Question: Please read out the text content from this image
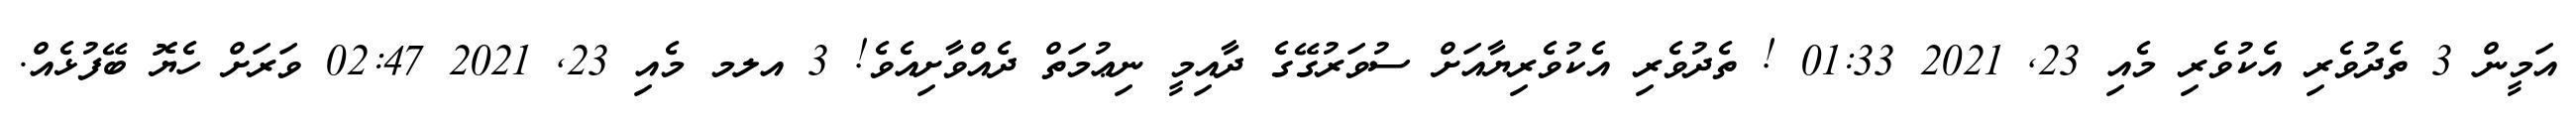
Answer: އަމީން 3 ތެދުވެރި އެކުވެރި މެއި 23, 2021 01:33 ! ތެދުވެރި އެކުވެރިޔާއަށް ސުވަރުގޭގެ ދާއިމީ ނިޢުމަތް ދެއްވާށިއެވެ! 3 އލމ މެއި 23, 2021 02:47 ވަރަށް ހެޔޮ ބޭފުޅެއް.